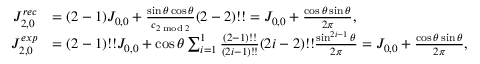
\begin{array} { r l } { J _ { 2 , 0 } ^ { r e c } } & { = ( 2 - 1 ) J _ { 0 , 0 } + \frac { \sin \theta \cos \theta } { c _ { 2 \bmod 2 } } ( 2 - 2 ) ! ! = J _ { 0 , 0 } + \frac { \cos \theta \sin \theta } { 2 \pi } , } \\ { J _ { 2 , 0 } ^ { e x p } } & { = ( 2 - 1 ) ! ! J _ { 0 , 0 } + \cos \theta \sum _ { i = 1 } ^ { 1 } \frac { ( 2 - 1 ) ! ! } { ( 2 i - 1 ) ! ! } ( 2 i - 2 ) ! ! \frac { \sin ^ { 2 i - 1 } \theta } { 2 \pi } = J _ { 0 , 0 } + \frac { \cos \theta \sin \theta } { 2 \pi } , } \end{array}